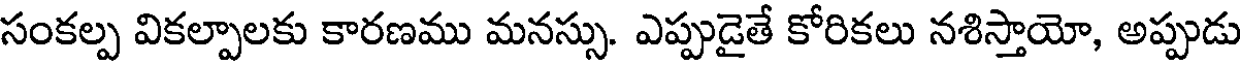
సంకల్ప వికల్పాలకు కారణము మనస్సు. ఎప్పుడైతే కోరికలు నశిస్తాయో, అప్పుడు